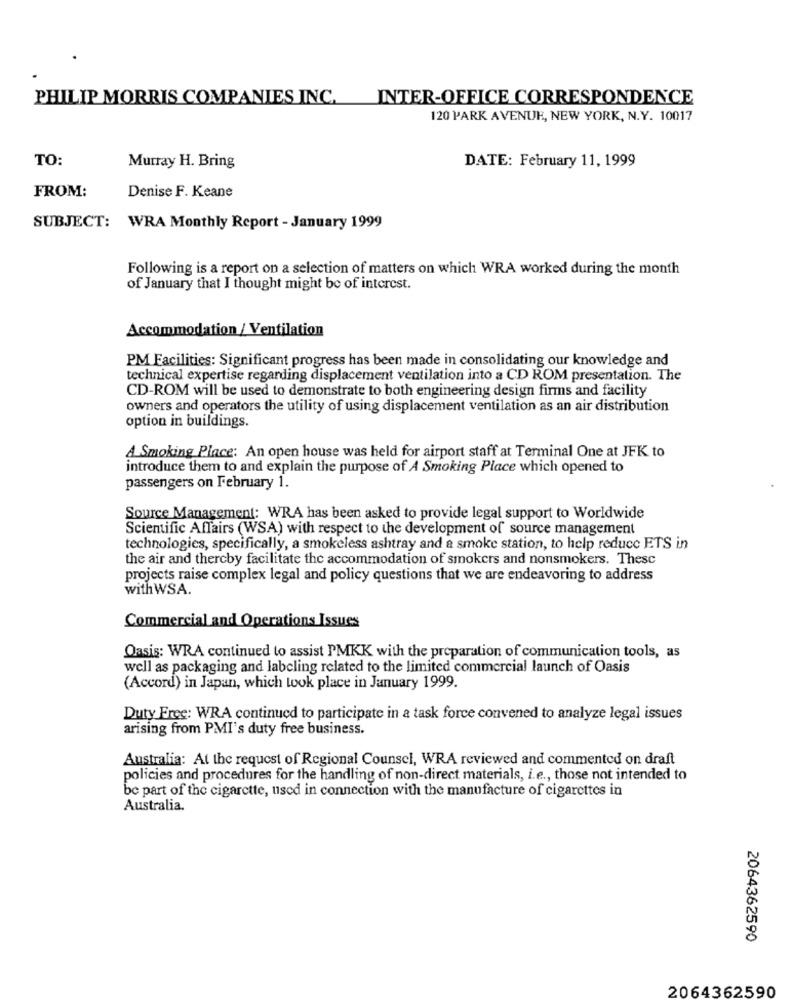
PHILIP MORRIS COMPANIES INC. INTER-OFFICE CORRESPONDENCE
120 PARK AVENUE, NEW YORK, N.Y. 10017
TO:
Murray H. Bring
DATE: February 11, 1999
FROM:
Denise F. Keane
SUBJECT: WRA Monthly Report - January 1999
Following is a report on a selection of matters on which WRA worked during the month
of January that I thought might be of interest.
Accommodation / Ventilation
PM Facilities: Significant progress has been made in consolidating our knowledge and
technical expertise regarding displacement ventilation into a CD ROM presentation. The
CD-ROM will be used to demonstrate to both engineering design firms and facility
owners and operators the utility of using displacement ventilation as an air distribution
option in buildings.
A Smoking Place: An open house was held for airport staff at Terminal One at JFK to
introduce them to and explain the purpose of A Smoking Place which opened to
passengers on February 1.
Source Management: WRA has been asked to provide legal support to Worldwide
Scientific Affairs (WSA) with respect to the development of source management
technologies, specifically, a smokeless ashtray and a smoke station, to help reduce ETS in
the air and thercby facilitate the accommodation of smokers and nonsmokers. Thesc
projects raise complex legal and policy questions that we are endeavoring to address
with WSA.
Commercial and Operations Issues
Oasis: WRA continued to assist PMKK with the preparation of communication tools, as
well as packaging and labeling related to the limited commercial launch of Oasis
(Accord) in Japan, which took place in January 1999.
Duty Free: WRA continued to participate in a task force convened to analyze legal issues
arising from PMI's duty free business.
Australia: At the request of Regional Counsel, WRA reviewed and commented on draft
policies and procedures for the handling of non-direct materials, i.e ., those not intended to
be part of the cigarette, used in connection with the manufacture of cigarettes in
Australia.
2064362590
2064362590